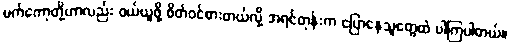
မက်ကော့တို့ဟာလည်း ဝယ်ယူဖို့ စိတ်ဝင်စားတယ်လို့ အရင်တုန်းက ပြောနေသူတွေထဲ ပါကြပါတယ်။